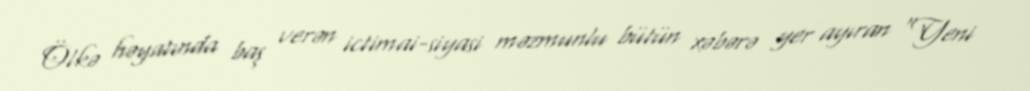
Ölkə həyatında baş verən ictimai-siyasi məzmunlu bütün xəbərə yer ayıran “Yeni